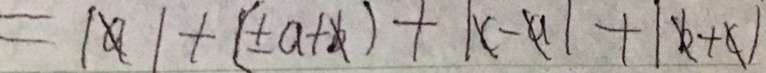
= \vert a \vert + ( \pm a + b ) + \vert c - a \vert + \vert b + c \vert